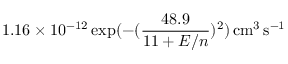
1 . 1 6 \times 1 0 ^ { - 1 2 } \exp ( - ( \frac { 4 8 . 9 } { 1 1 + E / n } ) ^ { 2 } ) \, \mathrm { c m ^ { 3 } \, s ^ { - 1 } }